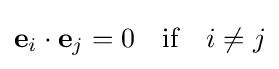
\mathbf {e} _{i}\cdot \mathbf {e} _{j}=0\quad {\text{if}}\quad i\neq j